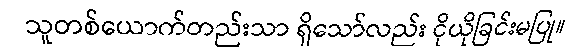
သူတစ်ယောက်တည်းသာ ရှိသော်လည်း ငိုယိုခြင်းမပြု။